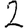
Digit: 2